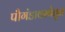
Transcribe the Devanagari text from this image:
पौगंडावस्थेतून